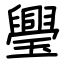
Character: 璺